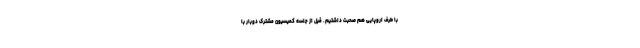
با طرف اروپایی هم صحبت داشتیم. قبل از جلسه کمیسیون مشترک دوبار با